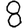
Digit: 8